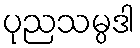
ပုညသမ္ပဒါ